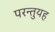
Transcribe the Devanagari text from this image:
परन्तुयह